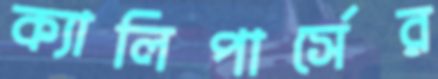
ক্যালিপার্সের